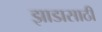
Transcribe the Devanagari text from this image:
झाडासाठी